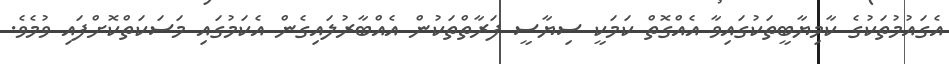
އެގައުމުތަކުގެ ކާމިޔާބީތަކުގައިވާ އެއްގޮތް ކަމަކީ ސިޔާސީ ފަރާތްތަކުން އެއްބާރުލައިގެން އެކަމުގައި މަސަކަތްކޮށްފައި ވުމެވެ.